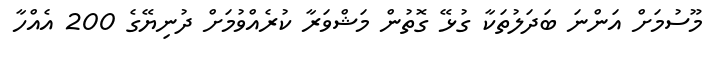
މޫސުމަށް އަންނަ ބަދަލުތަކާ ގުޅޭ ގޮތުން މަޝްވަރާ ކުރެއްވުމަށް ދުނިޔޭގެ 200 އެއްހާ